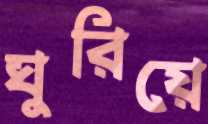
ঘুরিয়ে